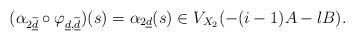
LaTeX: \begin{align*}(\alpha_{2 \widetilde{\underline{d}}}\circ \varphi_{\underline{d},\widetilde{\underline{d}}})(s)=\alpha_{2 \underline{d}}(s)\in V_{X_2}(-(i-1)A-lB).\end{align*}